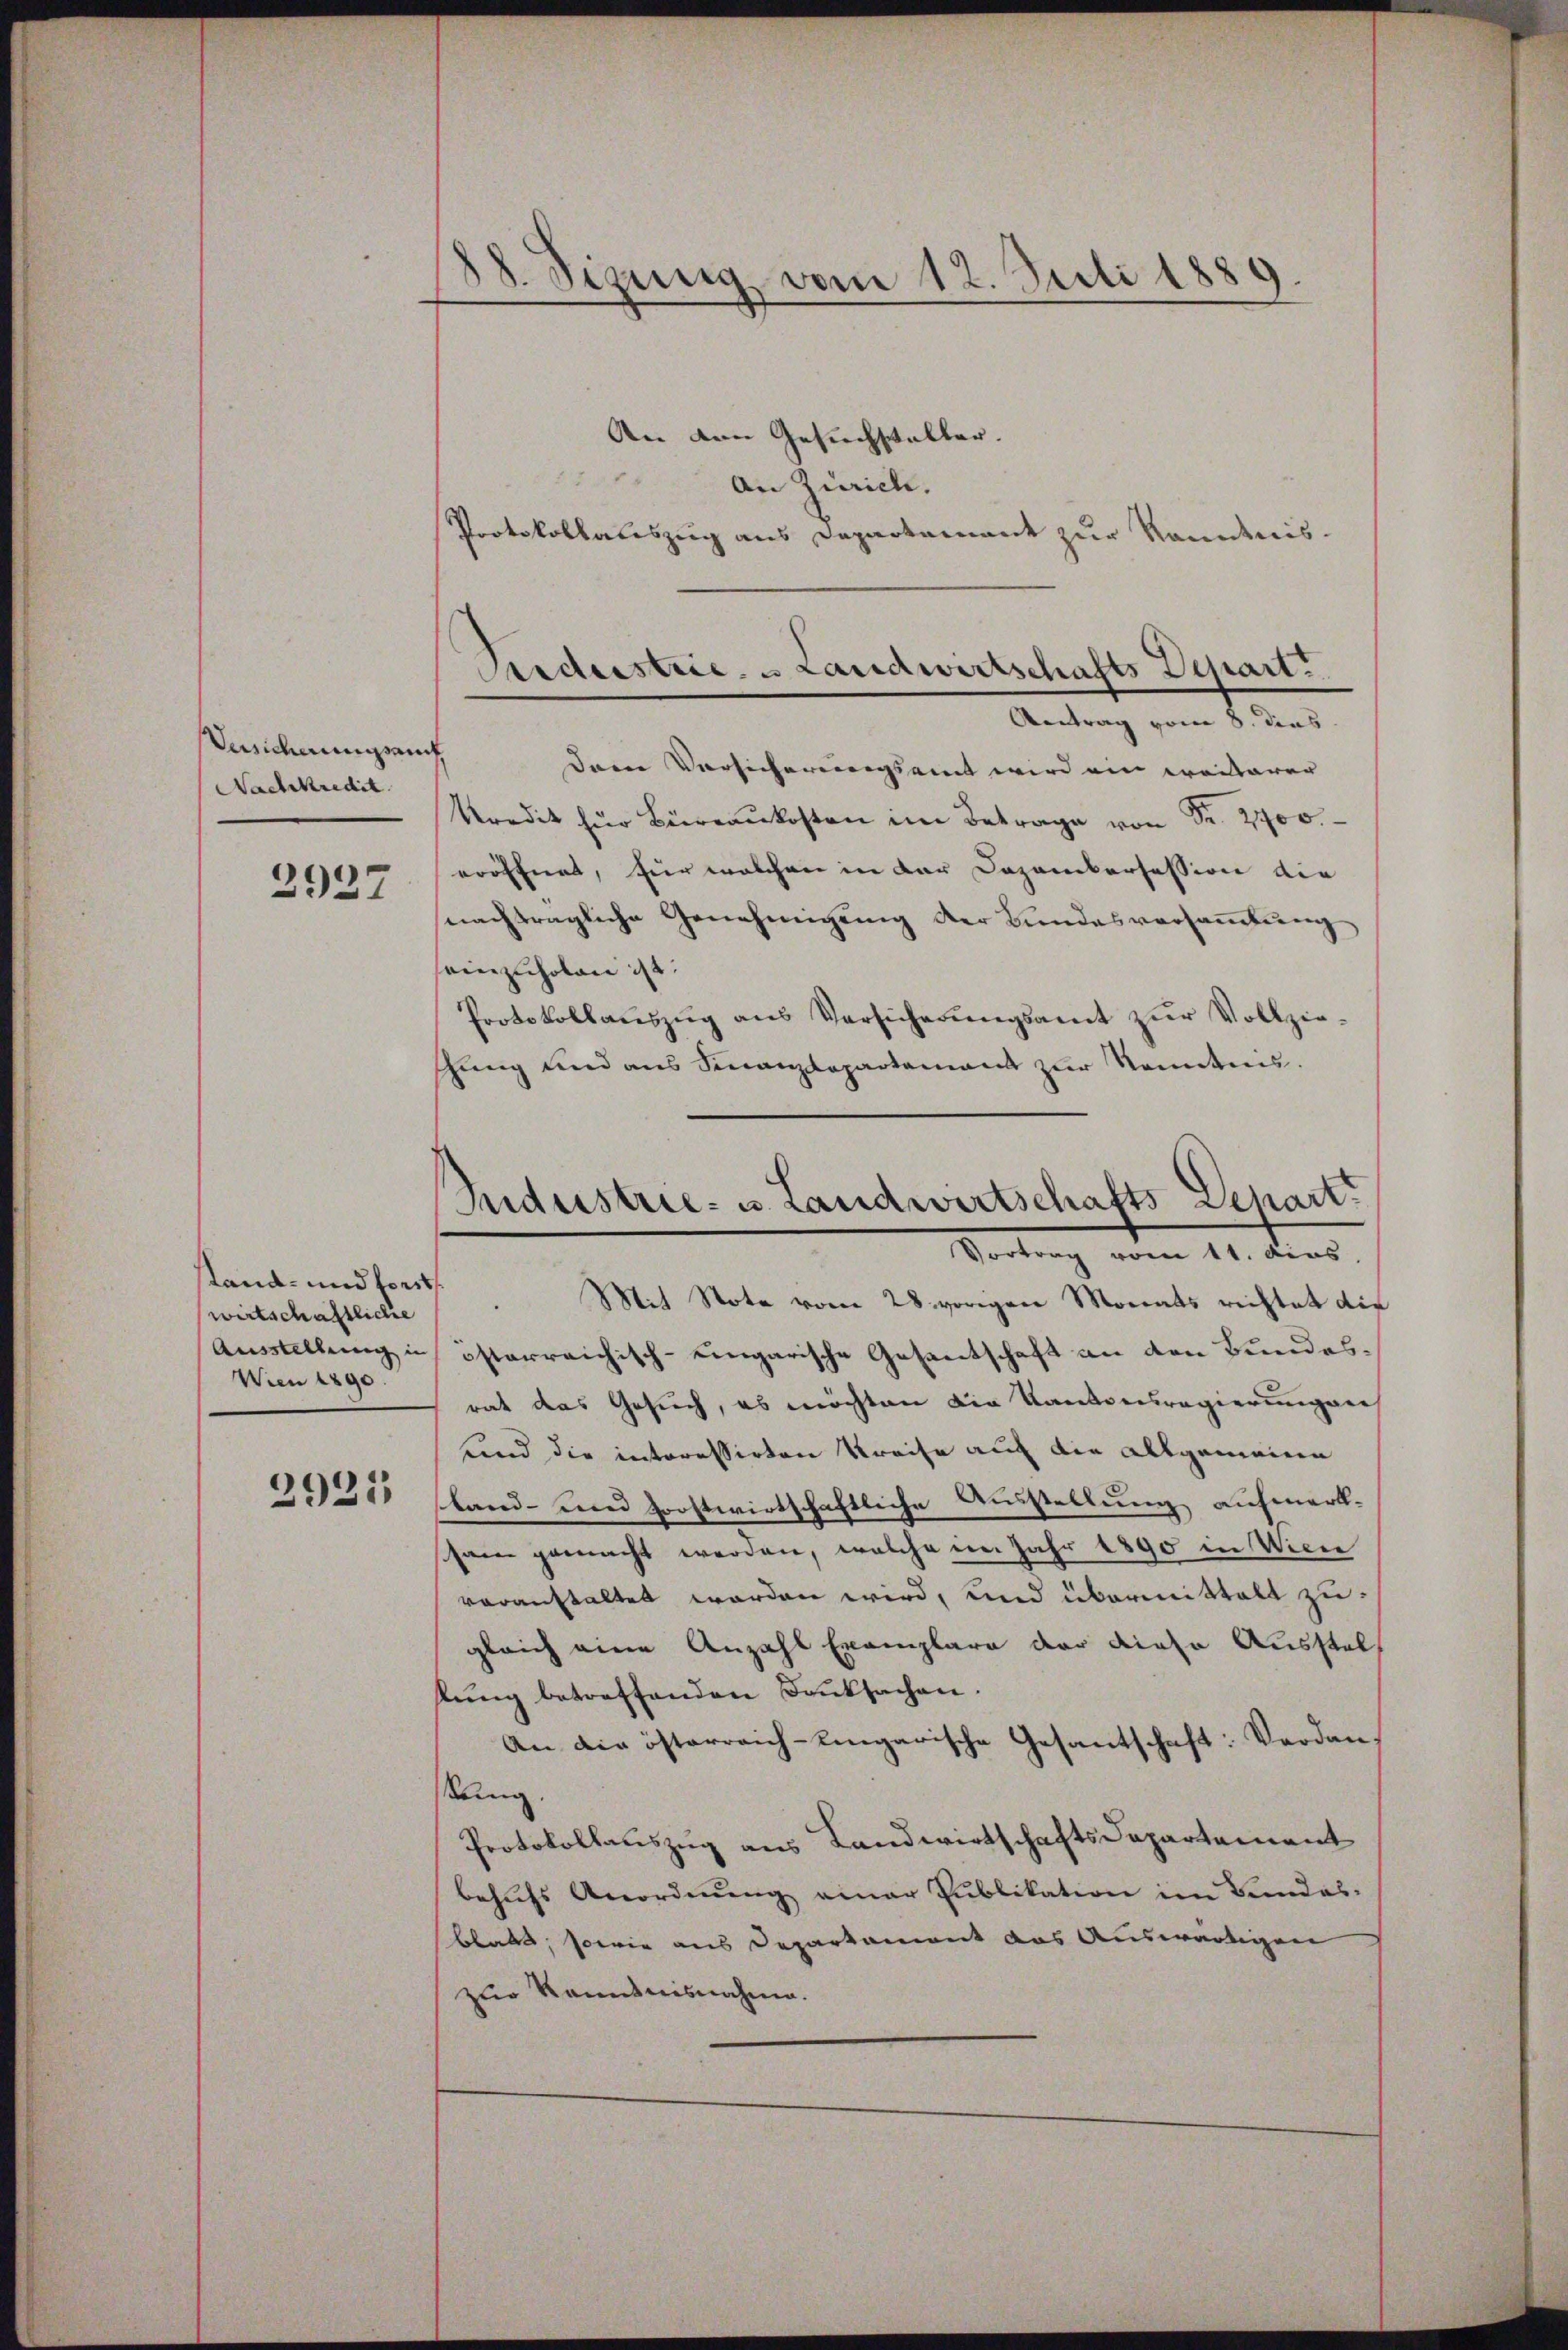
Versicherungsamt
Nachkredit

2937

Land- und fort
wirtschaftliche
Wien 1890.

2925

38. Sizung vom 12. Juli 1889

An den Gesuchschaller.
28
An Zürich.
Protokollateszug aus Departement zur Kenntnis.

Antrag vom 8. dies
dem Versicherungsamt wird ein weiterer
kredit für Büreaukosten im Betrage von Fr. 2700.
eröffnet, für welchen in der Dozanikersession die
nachträgliche Genehmigung der Bundesversaṁlŭng
seinzuholen ist.
Protokollaŭszŭg ans Versicherŭngsamt zŭr Vollzie-
shung und aus Finanzdepartement zŭr Kenntnis.

Aardustrie- u Landwirtschafts Depart.

Siderstrie- u. Landwirtschafts Depart
Vortrag vom 11. dies

Mit Note vom 28. vorigen Monats richtet die
Ausstellung in österreichisch-eingarische Gesantschaft an den Bundesrat das Gesuch, es möchten die Kantonsregierungen
und die interessirten Kreise auf die allgemeinen
land- und frostwirtschaftliche Ausstellung aufmerk-
sham gemacht werden, welche im Jahr 1890 in Wien
voranstaltet worden wird, und übermittelt zu
gleich eine Anzahl Exemplare der diese Ausstellŭng betreffenden Danksachen.
An die österreich-Eingarische Gesantschaft: Verdankung.
Protokollauszug aus Landwirtschaftsdepartement
behŭfs Anordnŭng einer Publikation im Bundes-
blatt, sowie aus Departement das Auswärtigen
zur Kenntnisnahme.